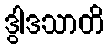
ဒွါဒသာတိ